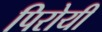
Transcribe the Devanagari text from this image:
पिरोयी